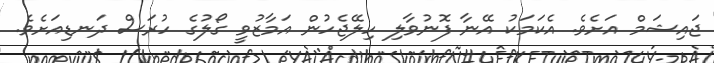
ޖައިޝަމް އަށެވެ. އެކަމަކު އޭނާ ފޮނުވާލި ހިލޭޖެހުން އަމާޒުވީ ގޯލުގެ ހުރަސް ދަނޑިއަށެވެ.